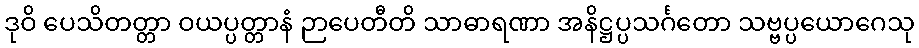
ဒုဝိ ပေသိတတ္တာ ဝယပ္ပတ္တာနံ ဉာပေတီတိ သာဓာရဏာ အနိဋ္ဌပ္ပသင်္ဂတော သဗ္ဗပ္ပယောဂေသု